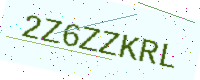
Text: 2Z6ZZKRL